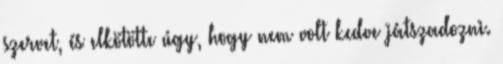
szervet, és elkötötte úgy, hogy nem volt kedve játszadozni.